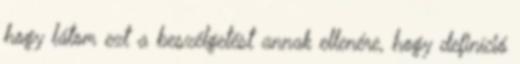
hogy látom ezt a beszélgetést annak ellenére, hogy definíció